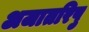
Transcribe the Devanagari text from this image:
अजातरिपु